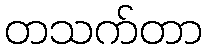
တသက်တာ